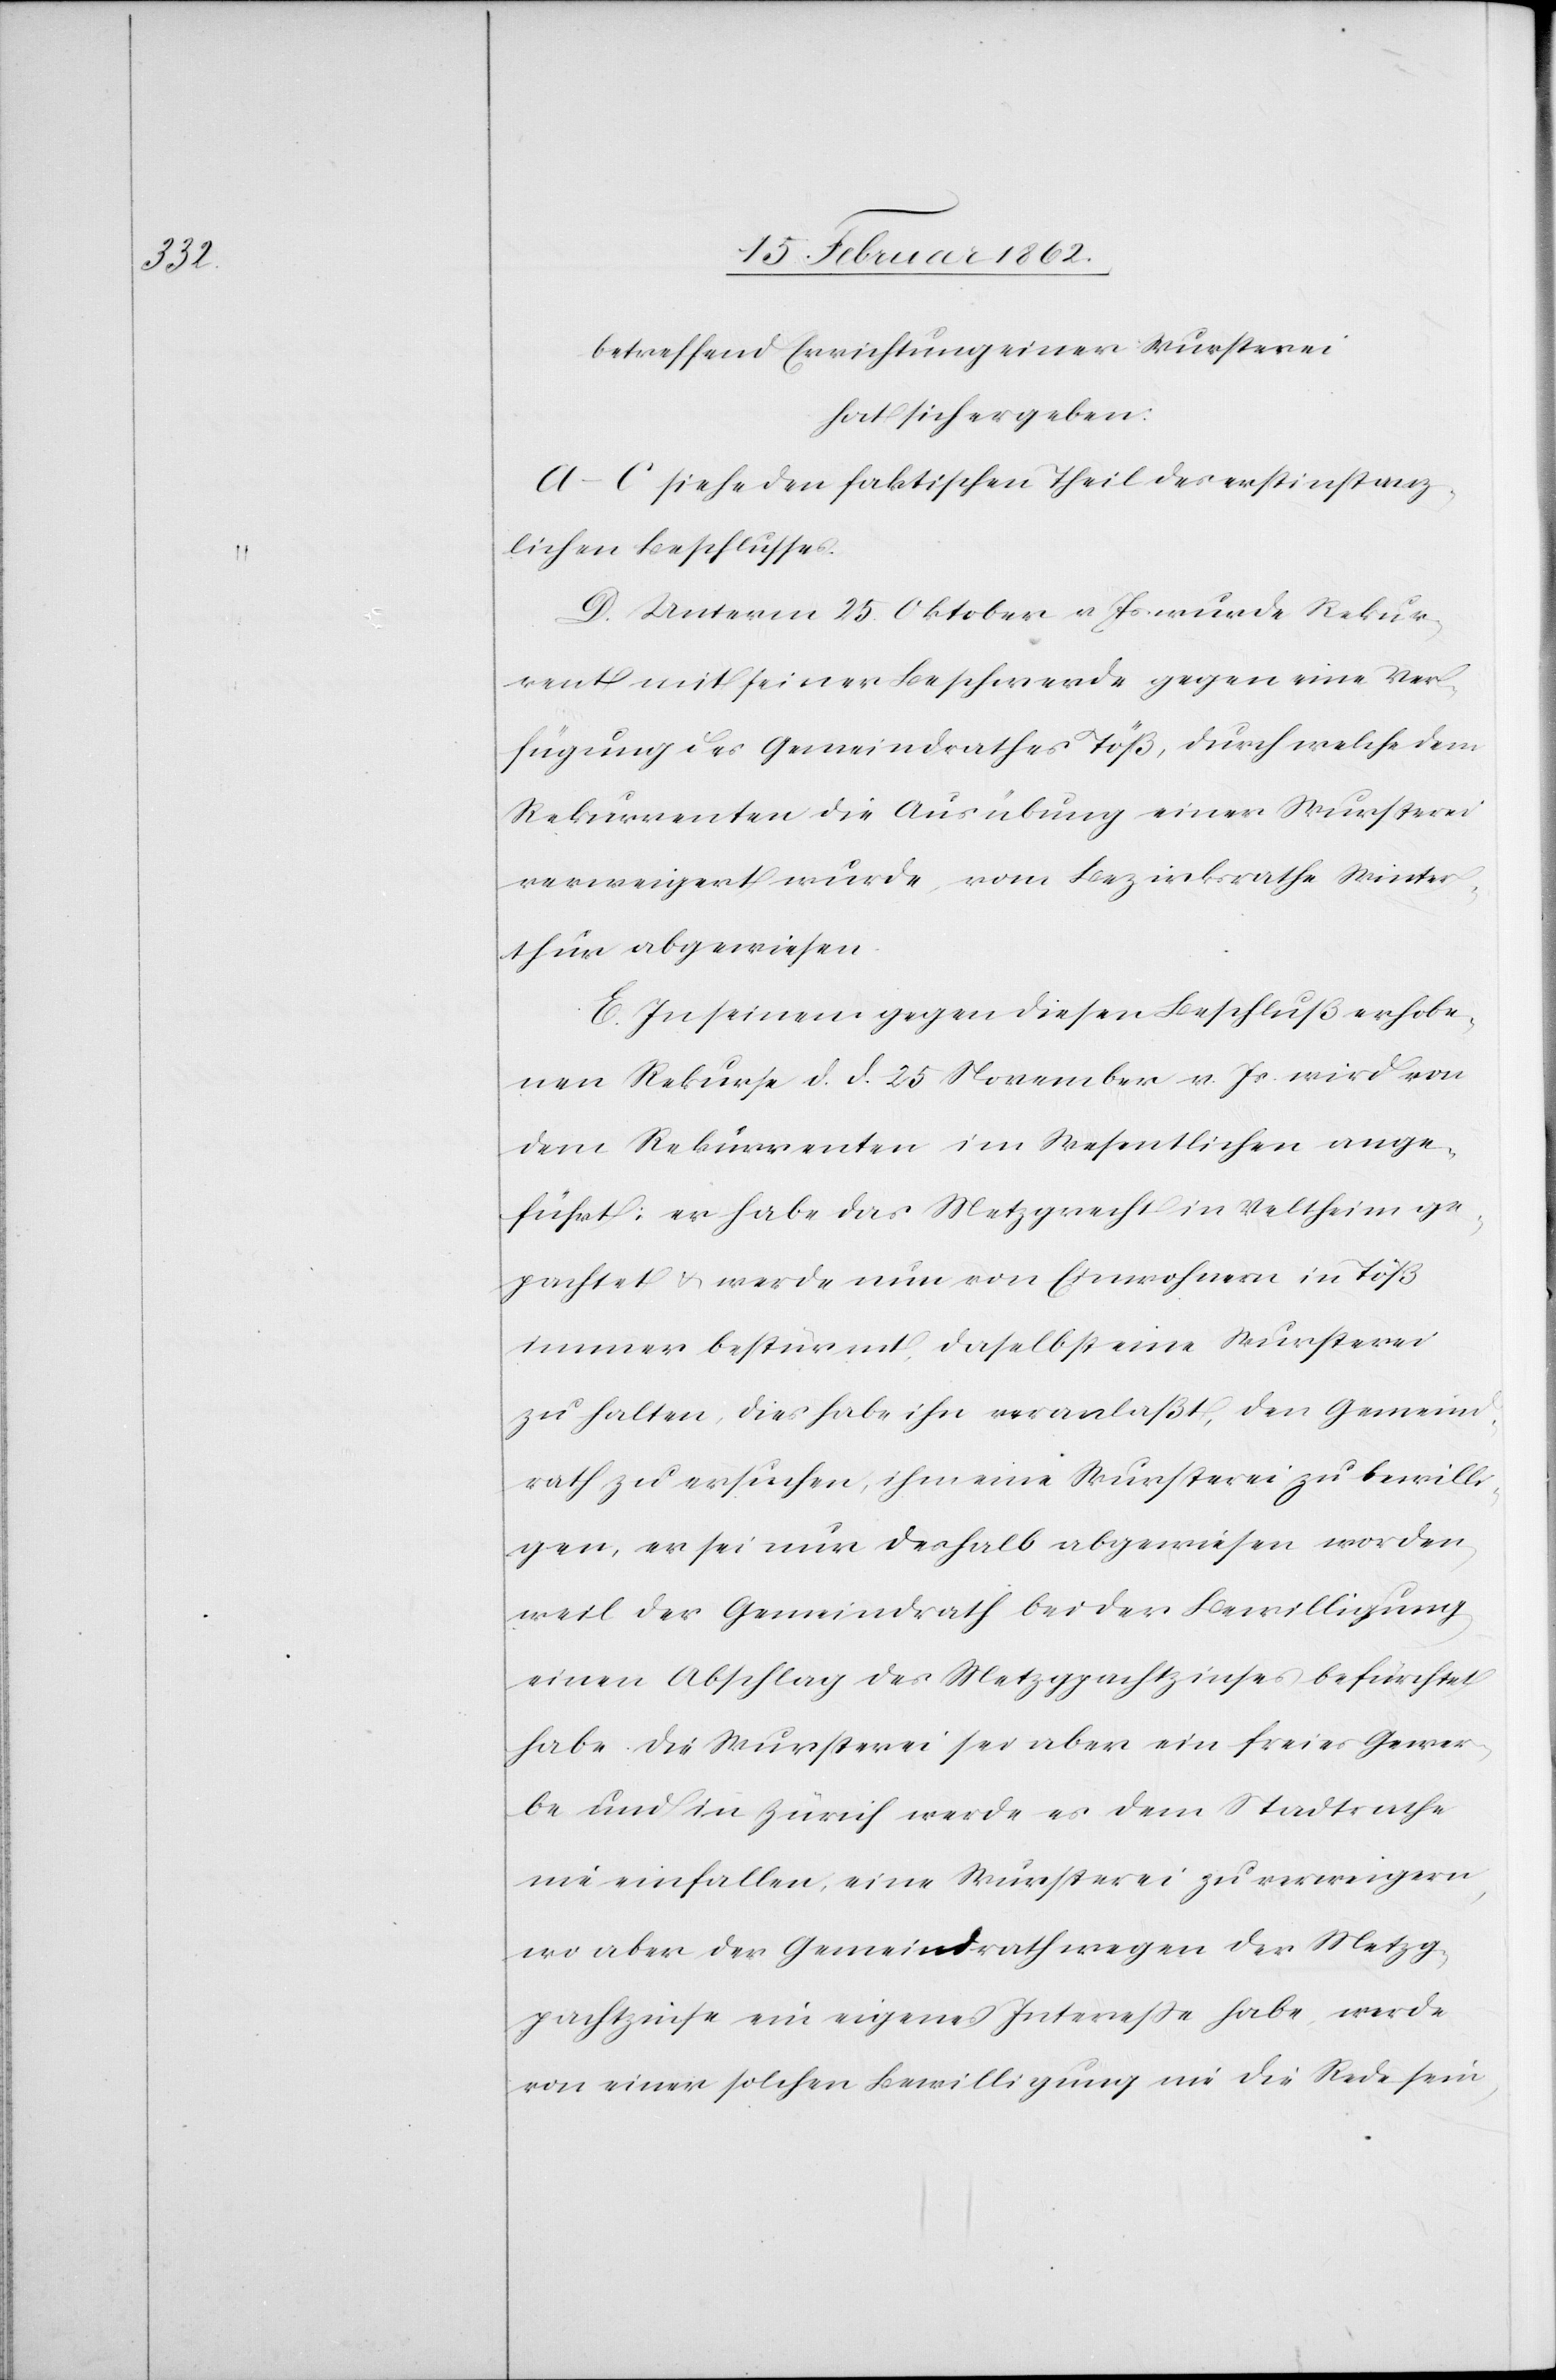
betreffend Errichtung einer Wursterei
hat sich ergeben:
A – C siehe den faktischen Theil des erstinstanz¬
lichen Beschlusses.
D. Unterm 25. Oktober v Js. wurde Rekur¬
rent mit seiner Beschwerde gegen eine Ver¬
fügung des Gemeindrathes Töß, durch welche dem
Rekurrenten die Ausübung einer Wursterei
verweigert wurde, vom Bezirksrathe Winter¬
thur abgewiesen.
E. In seinem gegen diesen Beschluß erhobe¬
nen Rekurse d. d. 25 November v. Js. wird von
dem Rekurrenten im Wesentlichen ange¬
führt: er habe das Metzgrecht in Veltheim ge¬
pachtet u. werde nun von Einwohnern in Töß
immer bestürmt, daselbst eine Wursterei
zu halten, dies habe ihn veranlaßt, den Gemeind¬
rath zu ersuchen, ihm eine Wursterei zu bewilli¬
gen, er sei nur deshalb abgewiesen worden,
weil der Gemeindrath bei der Bewilligung
einen Abschlag des Metzgpachtzinses befürchtet
habe. Die Wursterei sei aber ein freies Gewer¬
be und in Zürich werde es dem Stadtrathe
nie einfallen, eine Wursterei zu verweigern,
wo aber der Gemeindrath wegen der Metzg¬
pachtzinse ein eigenes Intereße habe, werde
von einer solchen Bewilligung nie die Rede sein,